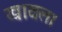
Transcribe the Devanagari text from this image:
खावला